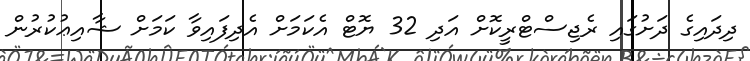
ދިދައިގެ ދަށުގައި ރެޖިސްޓްރީކޮށް އަދި 32 ޔޮޓް އެކަމަށް އެދިފައިވާ ކަމަށް ޝާއިޢުކުރުން